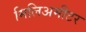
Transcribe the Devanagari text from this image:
मिलिअमीटर